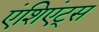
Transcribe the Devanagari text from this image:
एंशिएंट्स